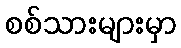
စစ်သားများမှာ